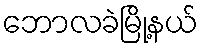
ဘောလခဲမြို့နယ်